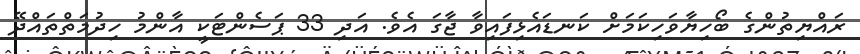
ރައްޔިތުންގެ ބޯހިޔާވަހިކަމަށް ކަނޑައެޅިފައިވާ ޖާގަ އެވެ. އަދި 33 ޕަސެންޓަކީ އާންމު ހިދުމަތްތައްދޭ